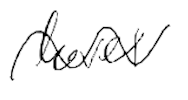
Text: level
Cross-out: wave
Writing tool: digital_black